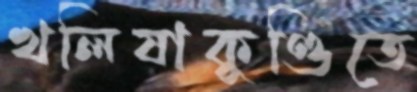
খলিষাকুণ্ডিতে